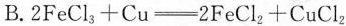
B.$$2 F e C l _ { 3 } + C u = 2 Fe C l _ { 2 } + C u C l _ { 2 }$$